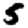
Digit: 5